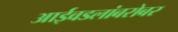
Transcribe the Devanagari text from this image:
आईवडलांबरोबर